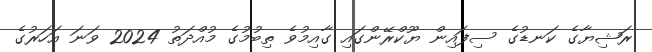
ރަޝިޔާގެ ކަނޑުގެ ސިފައިން ޔޫކްރޭންގައި ގާއިމުވެ ތިބުމުގެ މުއްދަތު 2024 ވަނަ އަހަރުގެ